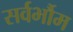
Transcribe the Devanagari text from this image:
सर्वर्भौम